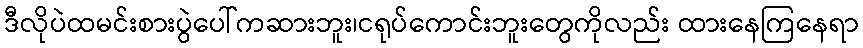
ဒီလိုပဲထမင်းစားပွဲပေါ်ကဆားဘူး၊ငရုပ်ကောင်းဘူးတွေကိုလည်း ထားနေကြနေရာ